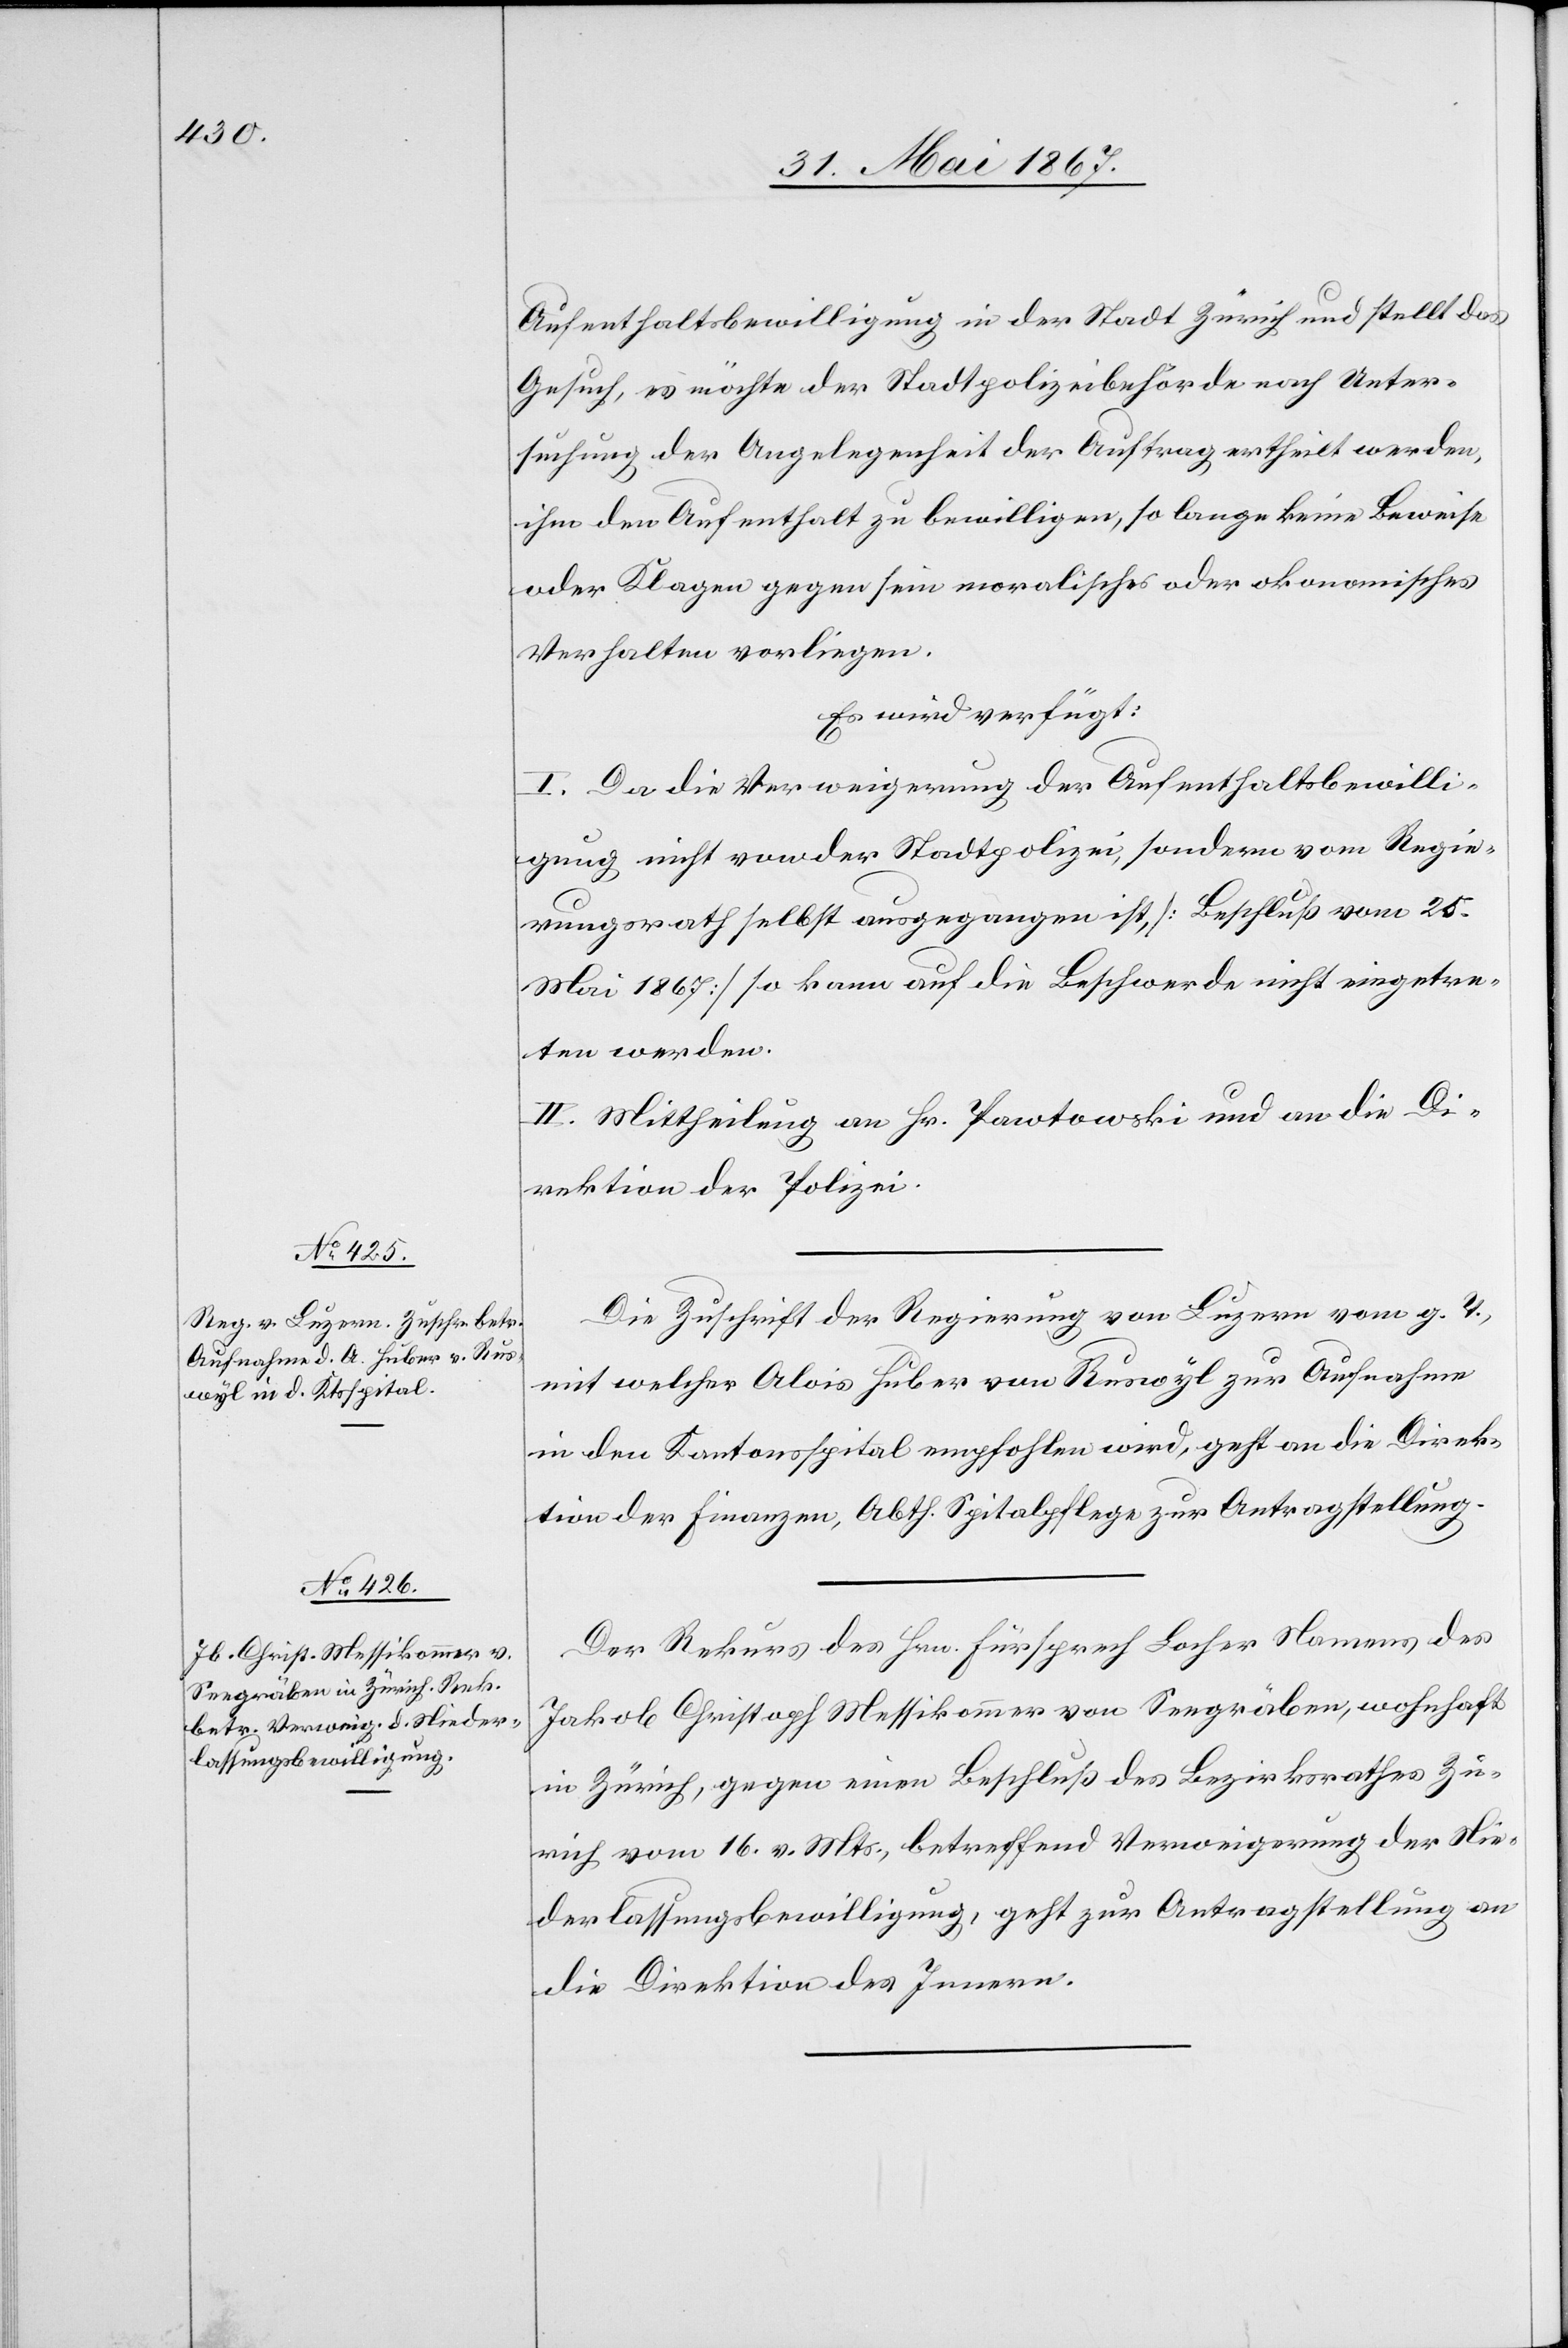
5. Juni 1867.]
Aufenthaltsbewilligung in der Stadt Zürich und stellt das
Gesuch, es möchte der Stadtpolizeibehörde nach Unter¬
suchung der Angelegenheit der Auftrag ertheilt werden,
ihm den Aufenthalt zu bewilligen, so lange keine Beweise
oder Klagen gegen sein moralisches oder o[e]konomisches
Verhalten vorliegen.
Es wird verfügt:
I. Da die Verweigerung der Aufenthaltsbewilli¬
gung nicht von der Stadtpolizei, sondern vom Regie¬
rungsrath selbst ausgegangen ist, [Beschluß vom 25.
Mai 1867] so kann auf die Beschwerde nicht eingetre¬
ten werden.
II. Mittheilung an Hr. Pawtowski und an die Di¬
rektion der Polizei.
Die Zuschrift der Regierung von Luzern vom g. T.,
mit welcher Alois Huber von Ruswyl zur Aufnahme
in den Kantonsspital empfohlen wird, geht an die Direk¬
tion der Finanzen, Abth. Spitalpflege zur Antragstellung.
Der Rekurs des Hrn. Fürsprech Locher Namens des
Jakob Christoph Messikommer von Seegräben, wohnhaft
in Zürich, gegen einen Beschluß des Bezirksrathes Zü¬
rich vom 16. v. Mts., betreffend Verweigerung der Nie¬
derlassungsbewilligung, geht zur Antragstellung an
die Direktion des Innern.